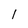
Character: l